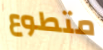
متطوع